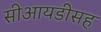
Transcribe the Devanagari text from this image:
सीआयडीसह